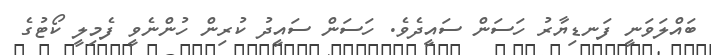
ބައްލަވަނީ ފަނޑިޔާރު ހަސަން ސައީދެވެ. ހަސަން ސައީދު ކުރިން ހުންނެވީ ފެމިލީ ކޯޓުގެ